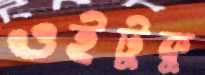
ওইটুকু